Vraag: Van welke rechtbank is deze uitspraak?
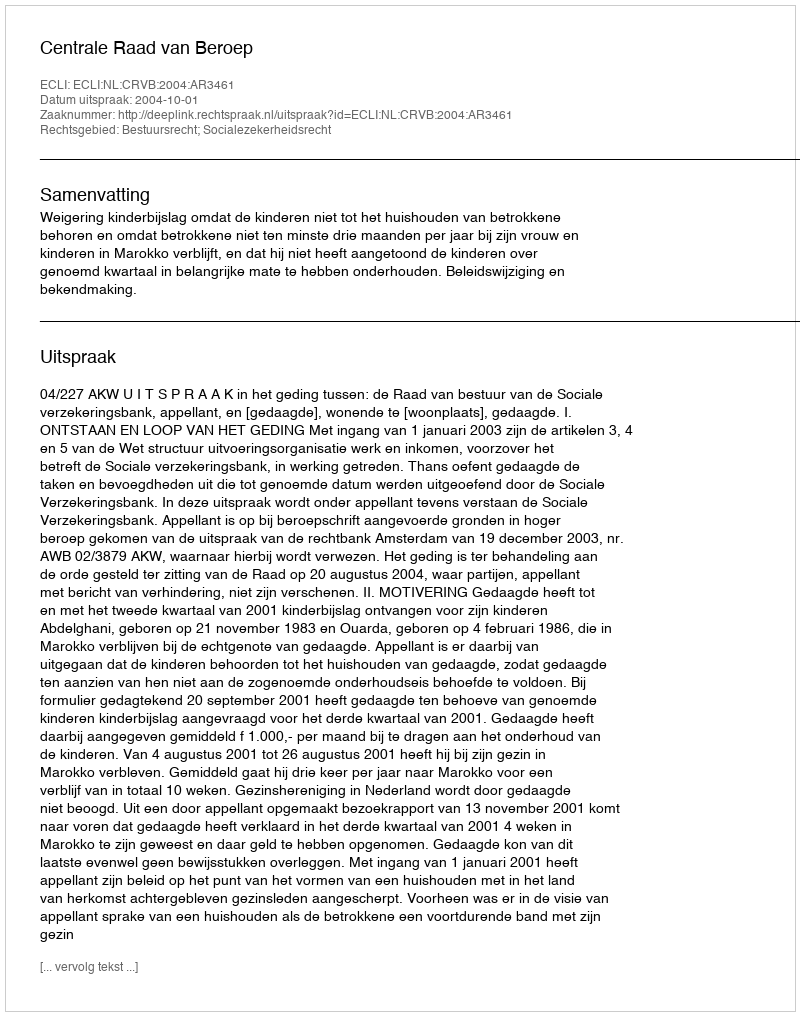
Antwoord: Centrale Raad van Beroep